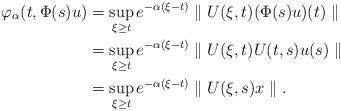
LaTeX: \begin{align*}\varphi_{\alpha}(t,\Phi(s)u)&=\sup\limits_{\xi\geq t}e^{-\alpha(\xi-t)}\parallel U(\xi,t)(\Phi(s)u)(t)\parallel\\&=\sup\limits_{\xi\geq t}e^{-\alpha(\xi-t)}\parallel U(\xi,t)U(t,s)u(s)\parallel\\&=\sup\limits_{\xi\geq t}e^{-\alpha(\xi-t)}\parallel U(\xi,s)x\parallel.\end{align*}